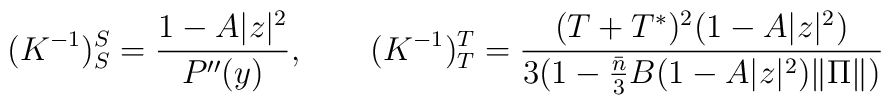
(K^{-1})^S_S = \frac{1-A|z|^2}{P''(y)},\qquad   (K^{-1})^T_T = \frac{(T+T^*)^2(1-A|z|^2)} {3(1-\frac{\bar{n}}{3}B(1-A|z|^2)\|\Pi\|)}